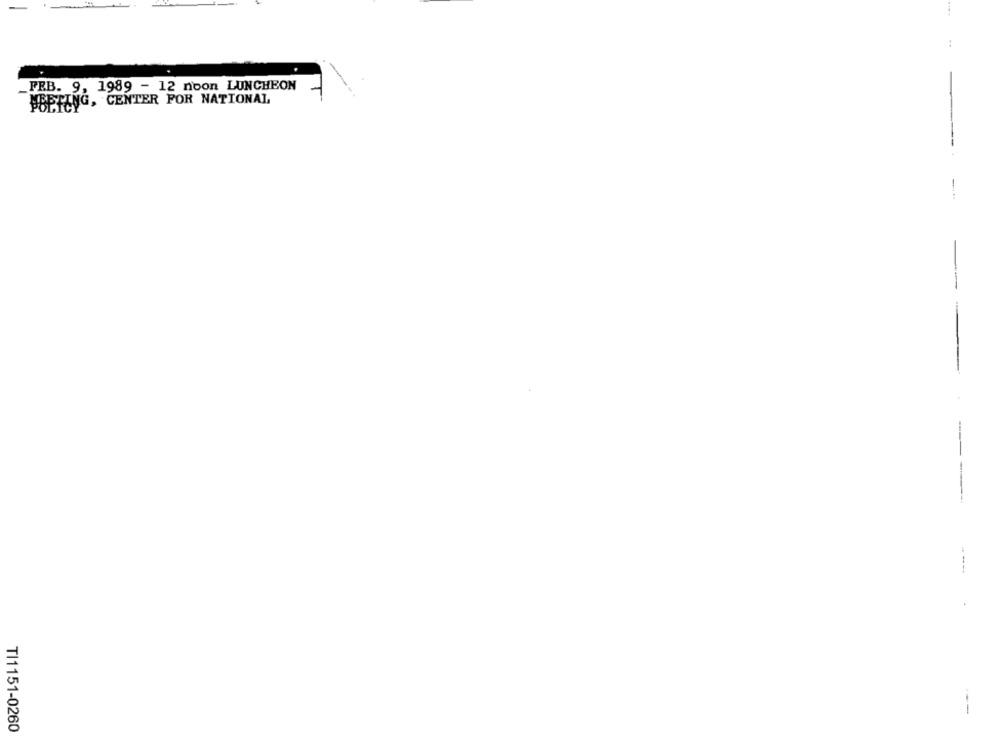
_FEB. 9, 1989 - 12 noon LUNCHEON
#BETING, CENTER FOR NATIONAL
---
---
TI1151-0260